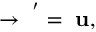
{ \bf { \Psi } } \rightarrow { \bf { \Psi } } ^ { ' } = { \bf { \Psi } } { \bf u } ,